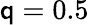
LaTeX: \mathsf{q}=0.5